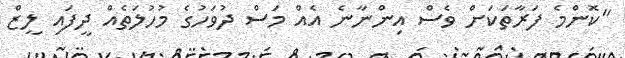
"ކޮންމެ ފަރާތަކަށް ވެސް އިންނާނެ އެއް މަސް ދުވަހުގެ މުހުލަތެއް ދީފައި ލީޒް